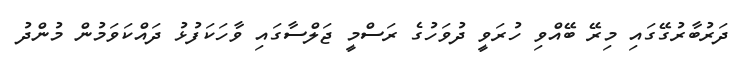
ދަރުބާރުގޭގައި މިރޭ ބޭއްވި ހުރަވީ ދުވަހުގެ ރަސްމީ ޖަލްސާގައި ވާހަކަފުޅު ދައްކަވަމުން މުންދު